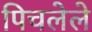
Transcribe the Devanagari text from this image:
पिचलेले